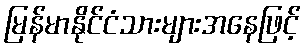
မြန်မာနိုင်ငံသားများအနေဖြင့်